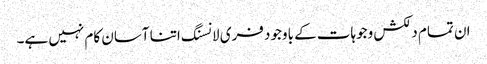
ان تمام دلکش وجوہات کے باوجود فری لانسنگ اتنا آسان کام نہیں ہے۔